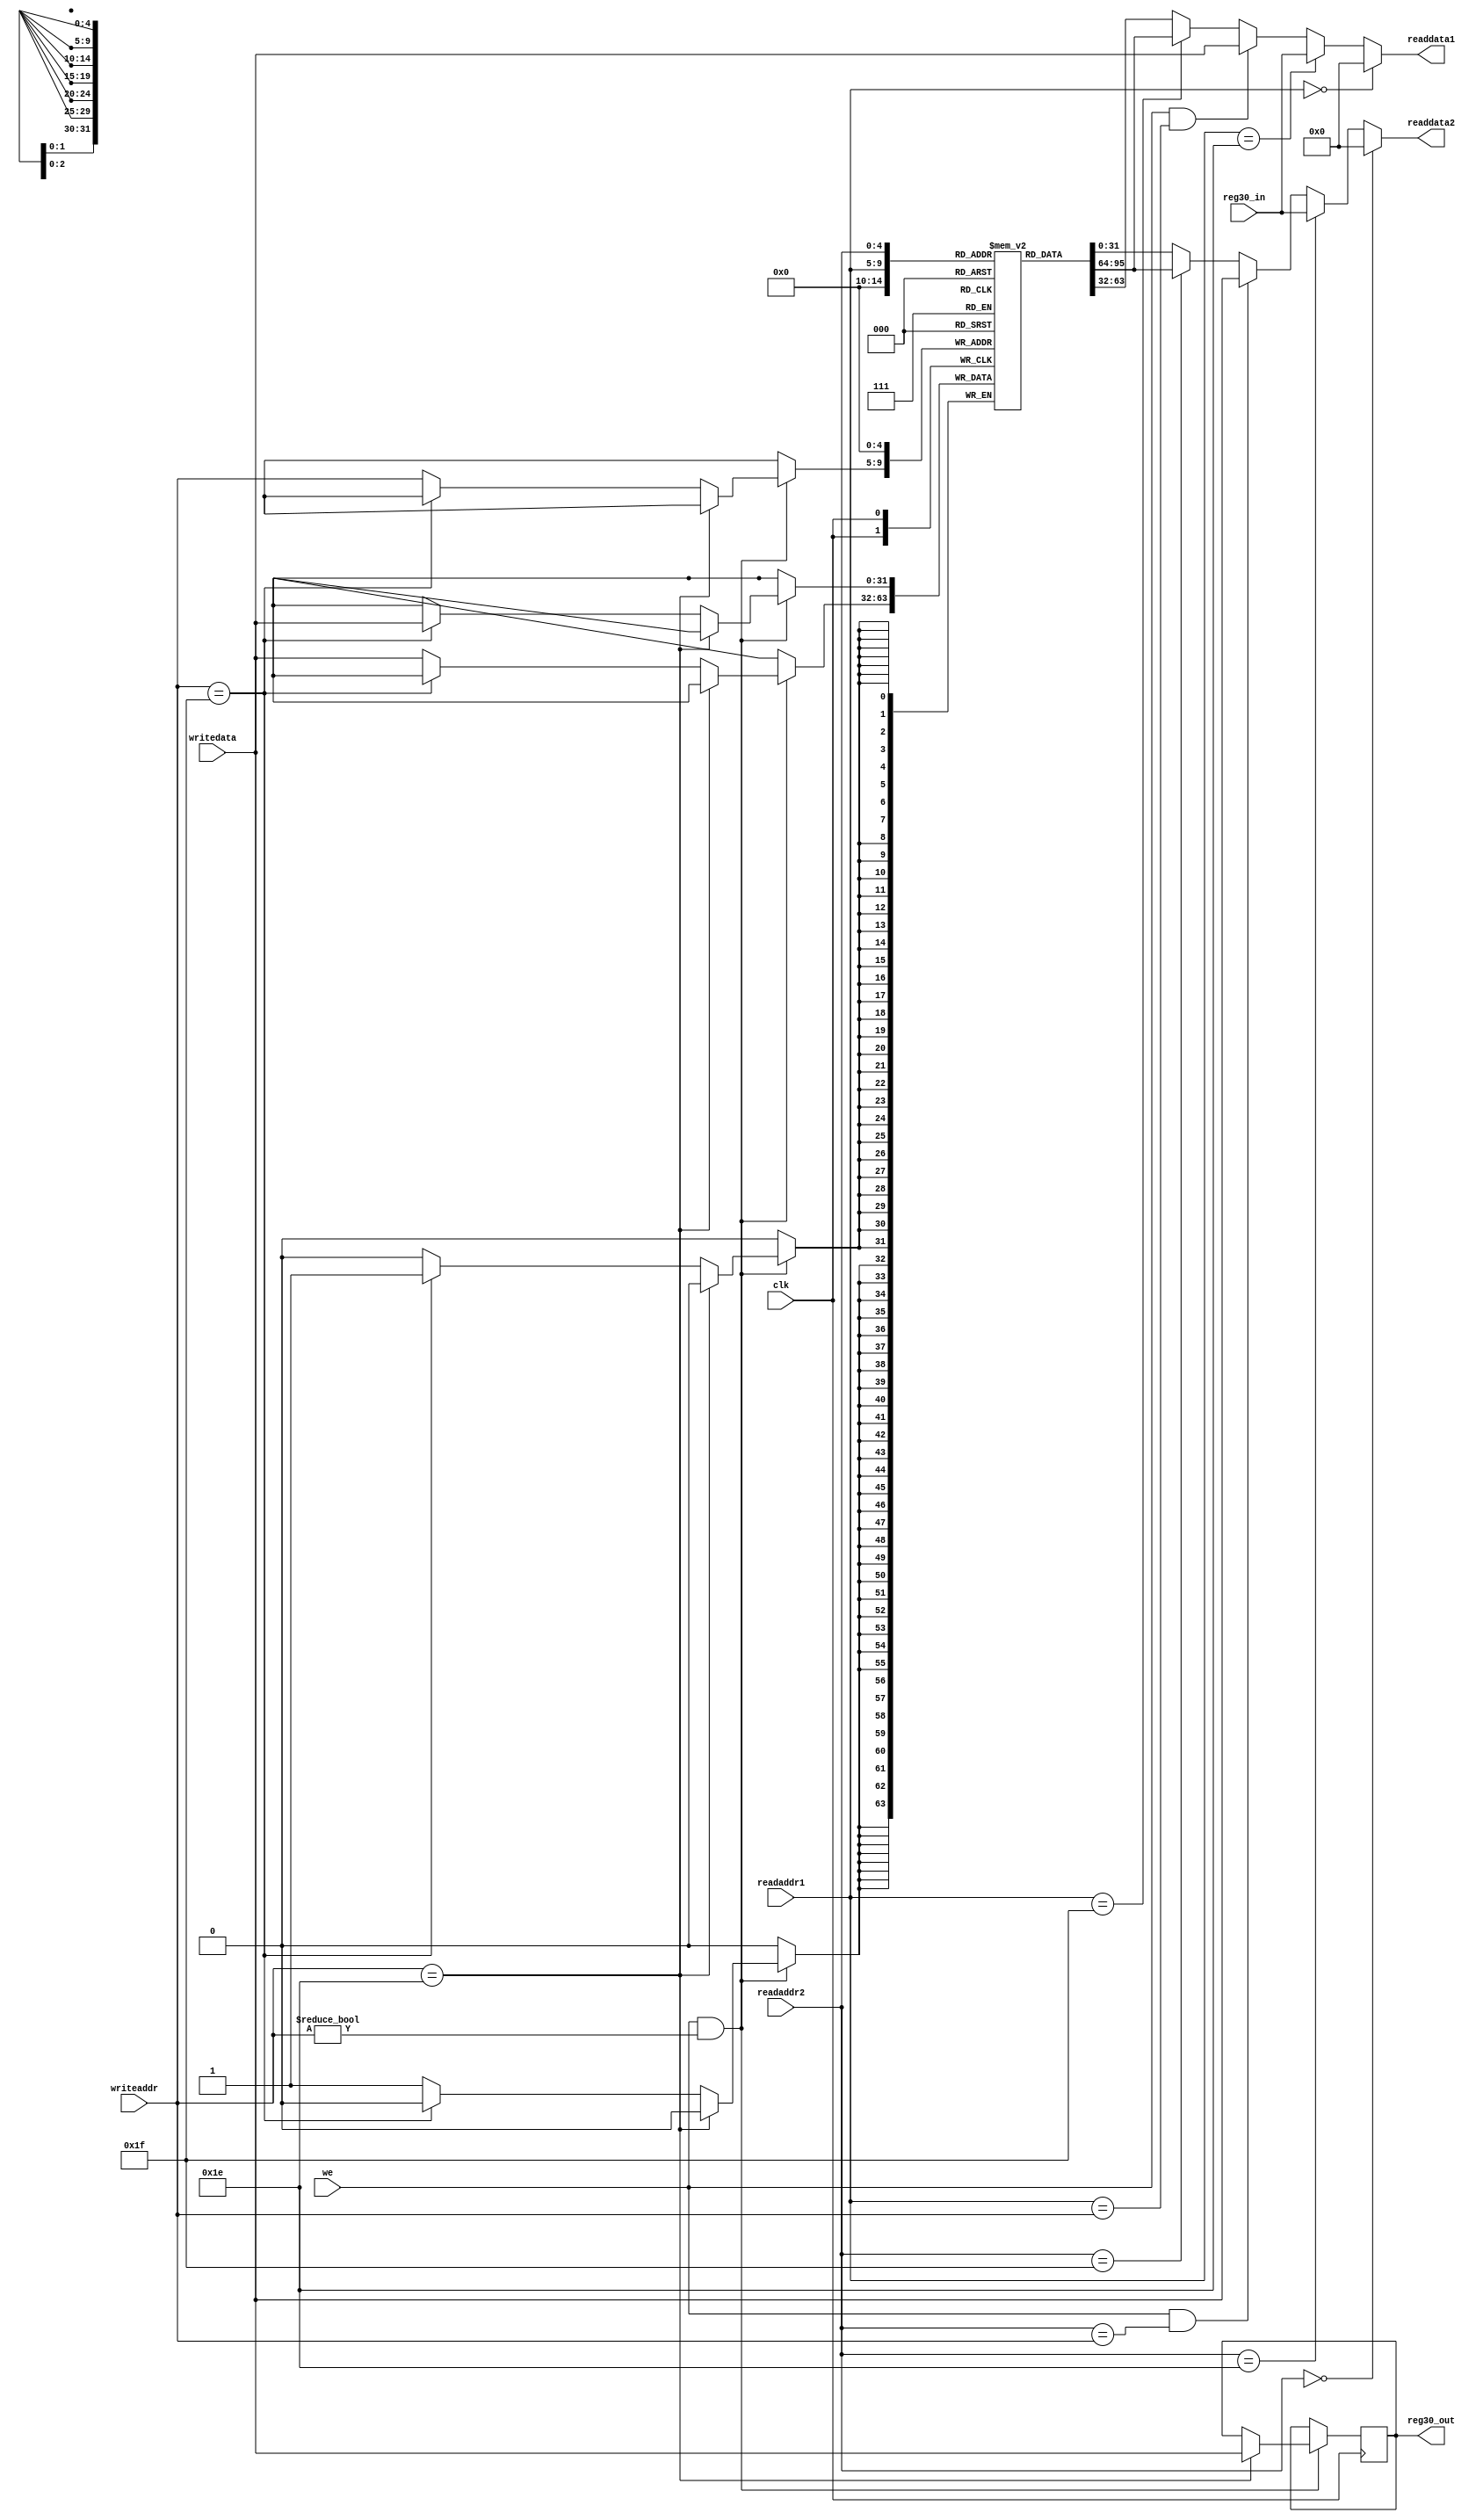
// Chris McKinney
module reg32x32 (
		input [4:0] readaddr1, readaddr2, writeaddr,
		input clk, we,
		input [31:0] writedata, reg30_in,
		output reg [31:0] readdata1, readdata2, reg30_out);

/*
 * The register file. You may notice something odd: this is a 32x32 register
 * file, but there are only 30 registers. This is because two of the registers
 * (0 and 30) are special, and do not need storage here. Registers 1 through 29
 * are exactly as they seem: they store information set and accessed using
 * addresses 1 through 29. Register 0 is set and accessed using address 31.
 * We can do this because setting to address 0 has no effect, and reading from
 * address 0 will always output 0, so address 0 can be hardcoded. Address 30
 * uses an entirely separate system because it needs to be read from at any
 * time without using a readaddr input, and the hardware memories on the
 * Cyclone IV have only two read ports.
 */
reg [31:0] registers [29:0] /*verilator public*/;

// Asynchronous read port 1
always @(*) begin
	if (readaddr1 == 5'd0) readdata1 = 32'h0;
	else if (readaddr1 == 5'd30) readdata1 = reg30_in;
	// Bypassed write
	else if (we && readaddr1 == writeaddr) readdata1 = writedata;
	else if (readaddr1 == 5'd31) readdata1 = registers[0];
	else readdata1 = registers[readaddr1];
end

// Asynchronous read port 2
always @(*) begin
	if (readaddr2 == 5'd0) readdata2 = 32'h0;
	else if (readaddr2 == 5'd30) readdata2 = reg30_in;
	// Bypassed write
	else if (we && readaddr2 == writeaddr) readdata2 = writedata;
	else if (readaddr2 == 5'd31) readdata2 = registers[0];
	else readdata2 = registers[readaddr2];
end

// Synchronous write port
always @(posedge clk) begin
	if (we && writeaddr != 5'd0) begin
		if (writeaddr == 5'd30) reg30_out <= writedata;
		else if (writeaddr == 5'd31) registers[0] <= writedata;
		else registers[writeaddr] <= writedata;
	end
end

endmodule